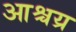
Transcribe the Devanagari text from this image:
आश्चय्र